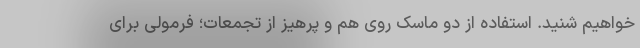
خواهیم شنید. استفاده از دو ماسک روی هم و پرهیز از تجمعات؛ فرمولی برای